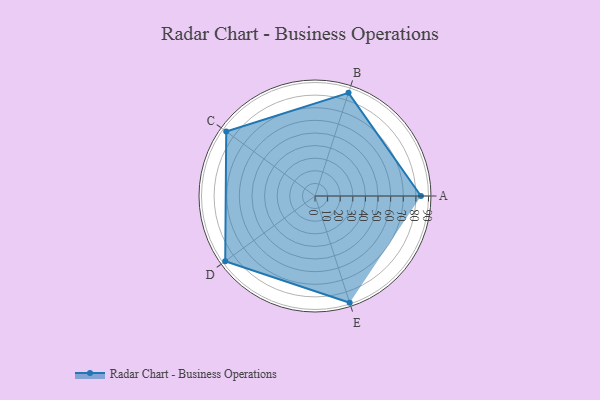
{"axis": {"x": "Skill", "y": "Score"}, "legend": ["Profile"], "data": [{"x": "A", "y": 84.0, "type": "Profile"}, {"x": "B", "y": 86.0, "type": "Profile"}, {"x": "C", "y": 87.0, "type": "Profile"}, {"x": "D", "y": 88.0, "type": "Profile"}, {"x": "E", "y": 89.0, "type": "Profile"}]}